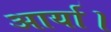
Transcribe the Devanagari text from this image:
आर्या।